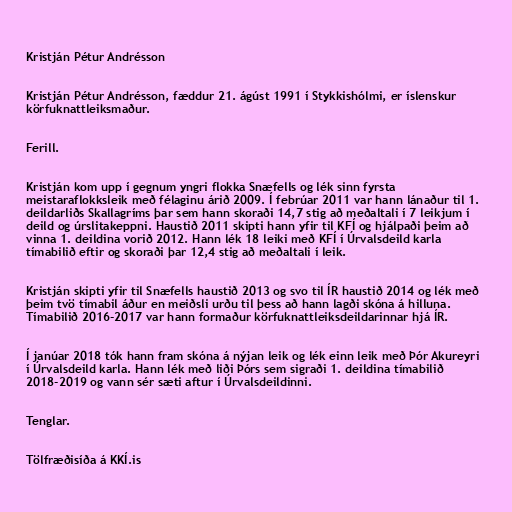
Kristján Pétur Andrésson

Kristján Pétur Andrésson, fæddur 21. ágúst 1991 í Stykkishólmi, er íslenskur
körfuknattleiksmaður.

Ferill.

Kristján kom upp í gegnum yngri flokka Snæfells og lék sinn fyrsta
meistaraflokksleik með félaginu árið 2009. Í febrúar 2011 var hann lánaður til 1.
deildarliðs Skallagríms þar sem hann skoraði 14,7 stig að meðaltali í 7 leikjum í
deild og úrslitakeppni. Haustið 2011 skipti hann yfir til KFÍ og hjálpaði þeim að
vinna 1. deildina vorið 2012. Hann lék 18 leiki með KFÍ í Úrvalsdeild karla
tímabilið eftir og skoraði þar 12,4 stig að meðaltali í leik.

Kristján skipti yfir til Snæfells haustið 2013 og svo til ÍR haustið 2014 og lék með
þeim tvö tímabil áður en meiðsli urðu til þess að hann lagði skóna á hilluna.
Tímabilið 2016-2017 var hann formaður körfuknattleiksdeildarinnar hjá ÍR.

Í janúar 2018 tók hann fram skóna á nýjan leik og lék einn leik með Þór Akureyri
í Úrvalsdeild karla. Hann lék með liði Þórs sem sigraði 1. deildina tímabilið
2018-2019 og vann sér sæti aftur í Úrvalsdeildinni.

Tenglar.

Tölfræðisíða á KKÍ.is